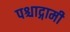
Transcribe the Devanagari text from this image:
पश्चाद्गामी